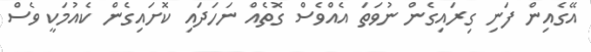
އޭގެއިން ފަނި ގިރައިގެން ނުވަތަ އެއްވެސް ގޮތެއް ނަހަދައި ކޮށައިގެން ކެއުމަކީ ވެސް